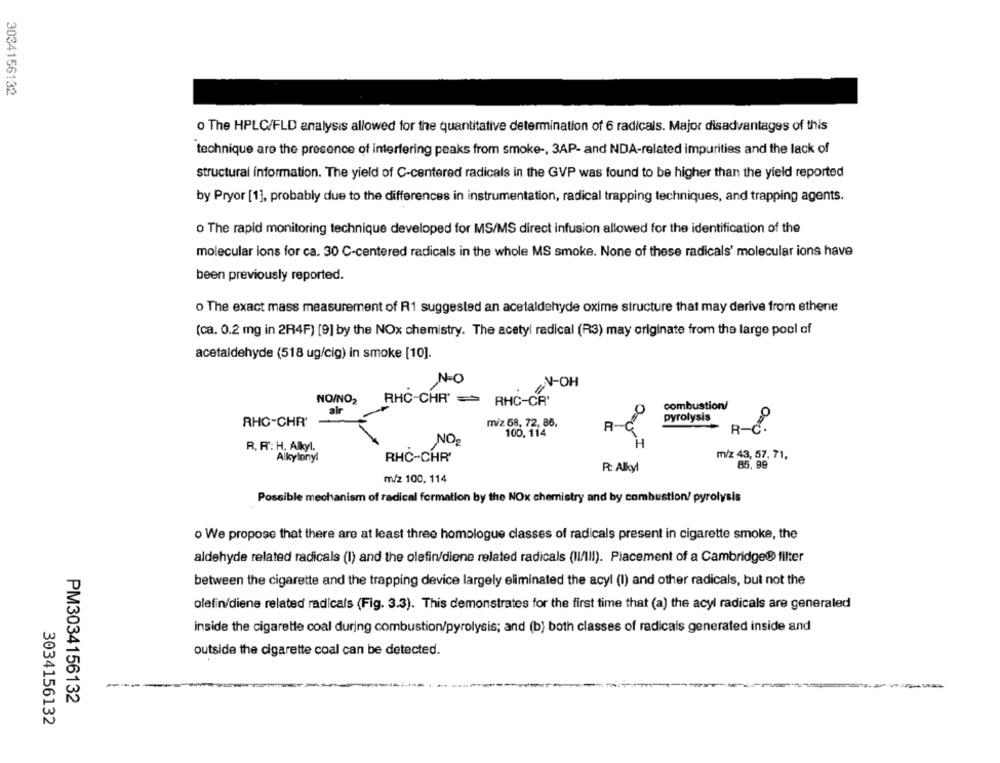
3034156132
o The HPLC/FLD analysis allowed for the quantitative determination of 6 radicals. Major disadvantages of this
technique are the presence of interfering peaks from smoke -, 3AP- and NDA-related impurities and the lack of
structural information. The yield of C-centered radicals in the GVP was found to be higher than the yield reported
by Pryor [1], probably due to the differences in instrumentation, radical trapping techniques, and trapping agents.
o The rapid monitoring technique developed for MS/MS direct infusion allowed for the identification of the
molecular ions for ca. 30 C-centered radicals in the whole MS smoke. None of these radicals' molecular ions have
been previously reported.
o The exact mass measurement of R1 suggested an acetaldehyde oxime structure that may derive from athene
(ca. 0.2 mg in 2R4F) [9] by the NOx chemistry. The acetyl radical (R3) may originate from the large pool of
acetaldehyde (518 ug/cig) in smoke [10].
N-O
N-OH
NO/NO2
RHC-CHR' = RHC-CR'
combustion/
alr
pyrolysis
RHC-CHR'
miz 68, 72, 86,
100, 114
R- C .
NO2
R. R': H. Alkyl,
Alkylony!
RHC-CHR'
m/z 43, 57, 71,
85,99
R: Alkyl
m/z 100, 114
Possible mechanism of radical formation by the NOx chemistry and by combustion! pyrolysis
o We propose that there are at least three homologue classes of radicals present in cigarette smoke, the
aldehyde related radicals (I) and the olefin/diene related radicals (II/III). Placement of a Cambridge® filter
between the cigarette and the trapping device largely eliminated the acyl (I) and other radicals, but not the
olefin/diene related radicals (Fig. 3.3). This demonstrates for the first time that (a) the acyl radicals are generaled
inside the cigarette coal during combustion/pyrolysis; and (b) both classes of radicals generated inside and
outside the cigarette coal can be detected.
PM3034156132
3034156132